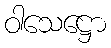
ဝါသေဋ္ဌော